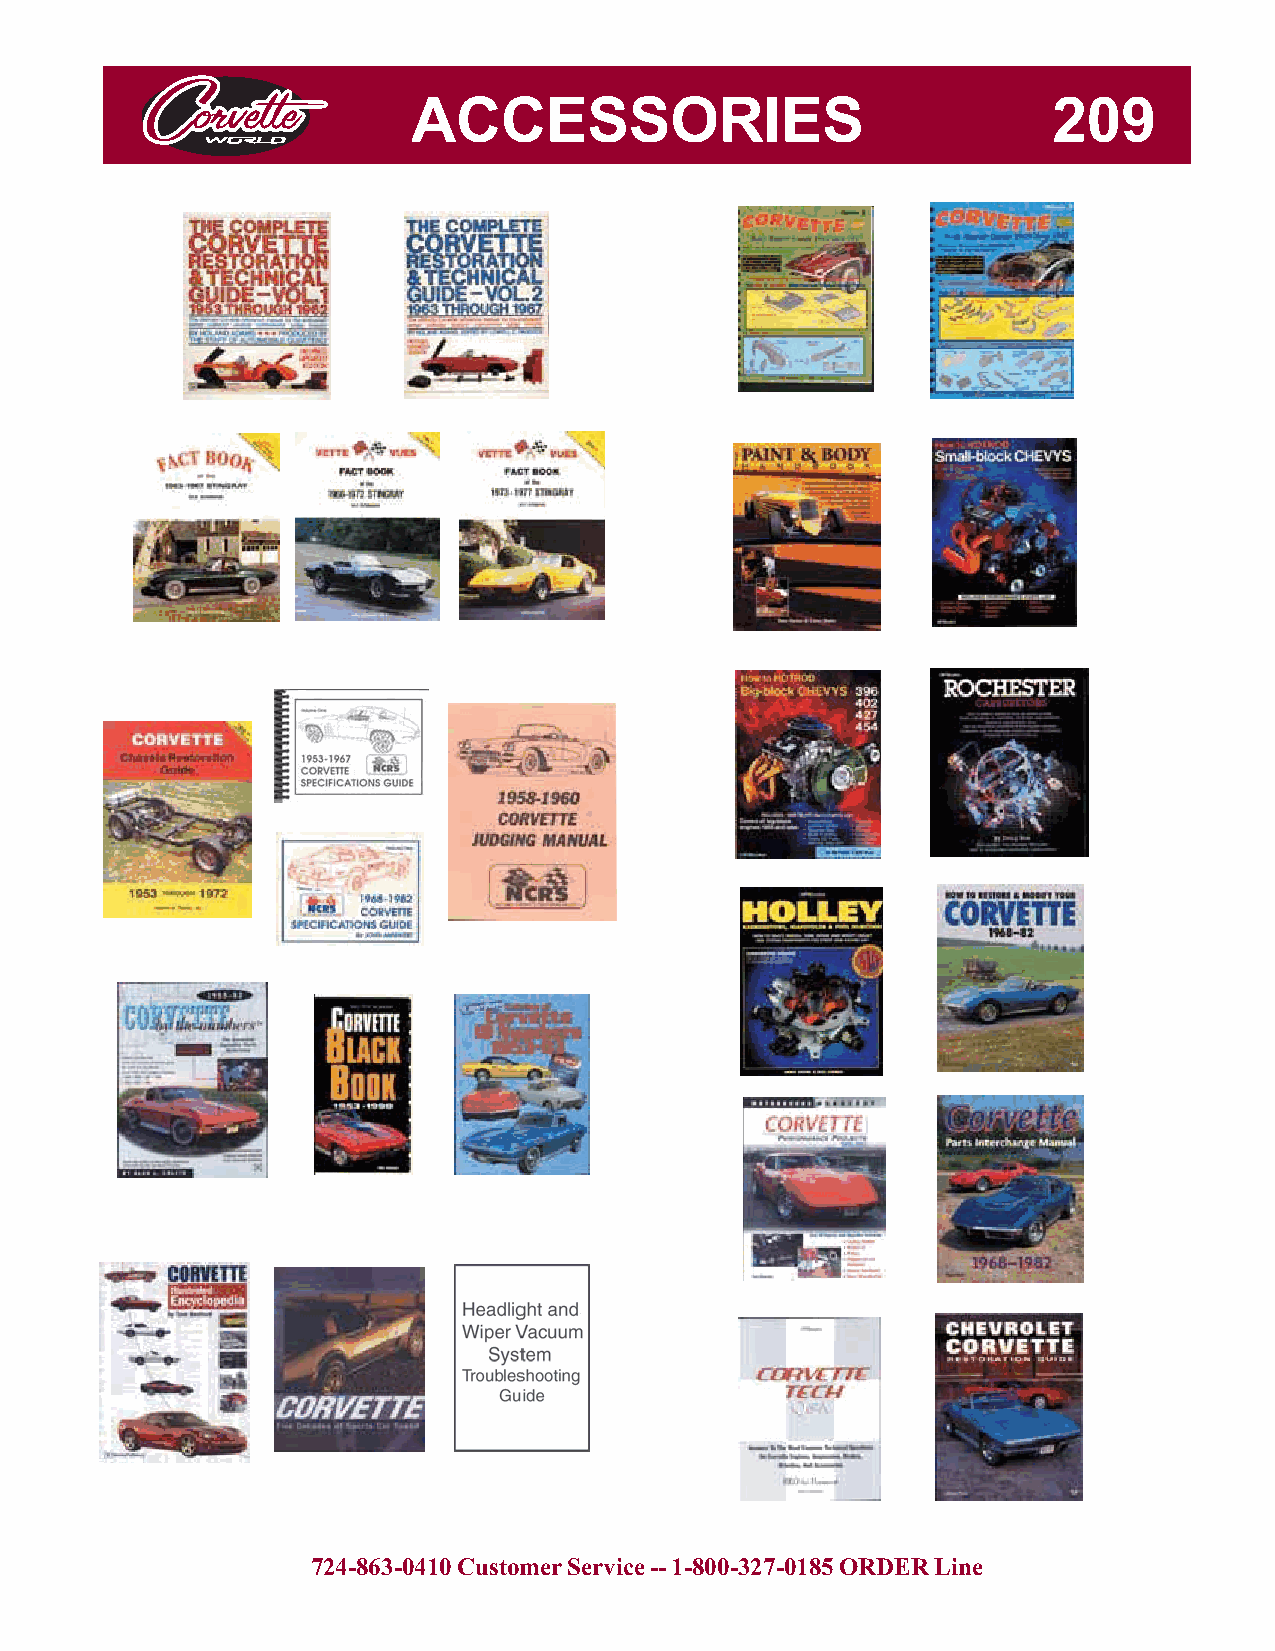
ACCESSORIES                                209
 724-863-0410 Customer Service -- 1-800-327-0185 ORDER Line